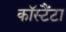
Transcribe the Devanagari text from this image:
कॉस्टैंटा